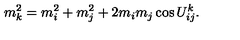
m _ { k } ^ { 2 } = m _ { i } ^ { 2 } + m _ { j } ^ { 2 } + 2 m _ { i } m _ { j } \cos U _ { i j } ^ { k } .